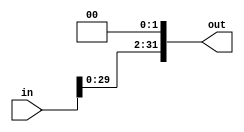
`timescale 1ns / 1ps
//////////////////////////////////////////////////////////////////////////////////
// Company: 
// Engineer: 
// 
// Design Name: 
// Module Name: leftshift_2
// Project Name: 
// Target Devices: 
// Tool Versions: 
// Description: 
// 
// Dependencies: 
// 
// Revision:
// Revision 0.01 - File Created
// Additional Comments:
// 
//////////////////////////////////////////////////////////////////////////////////


module leftshift_2(out, in);
	input [31:0] in;
	output [31:0] out;
	assign out[31:0] = in << 2;
endmodule